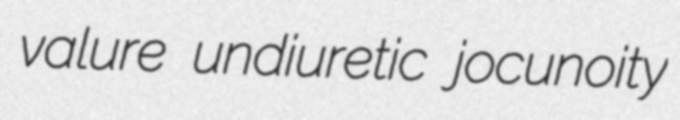
valure undiuretic jocunoity